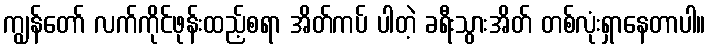
ကျွန်တော် လက်ကိုင်ဖုန်းထည့်စရာ အိတ်ကပ် ပါတဲ့ ခရီးသွားအိတ် တစ်လုံးရှာနေတာပါ။